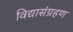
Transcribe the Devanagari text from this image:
विद्यासंग्रहण